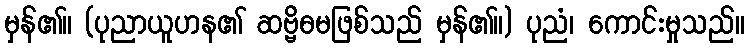
မှန်၏။ (ပုညာယူဟန၏ ဆဗ္ဗိဓမဖြစ်သည် မှန်၏။) ပုညံ၊ ကောင်းမှုသည်။